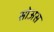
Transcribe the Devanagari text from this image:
सोअस